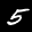
Label: 5